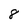
Character: 8